Leningradi_Edasi_toimetus, lk 213
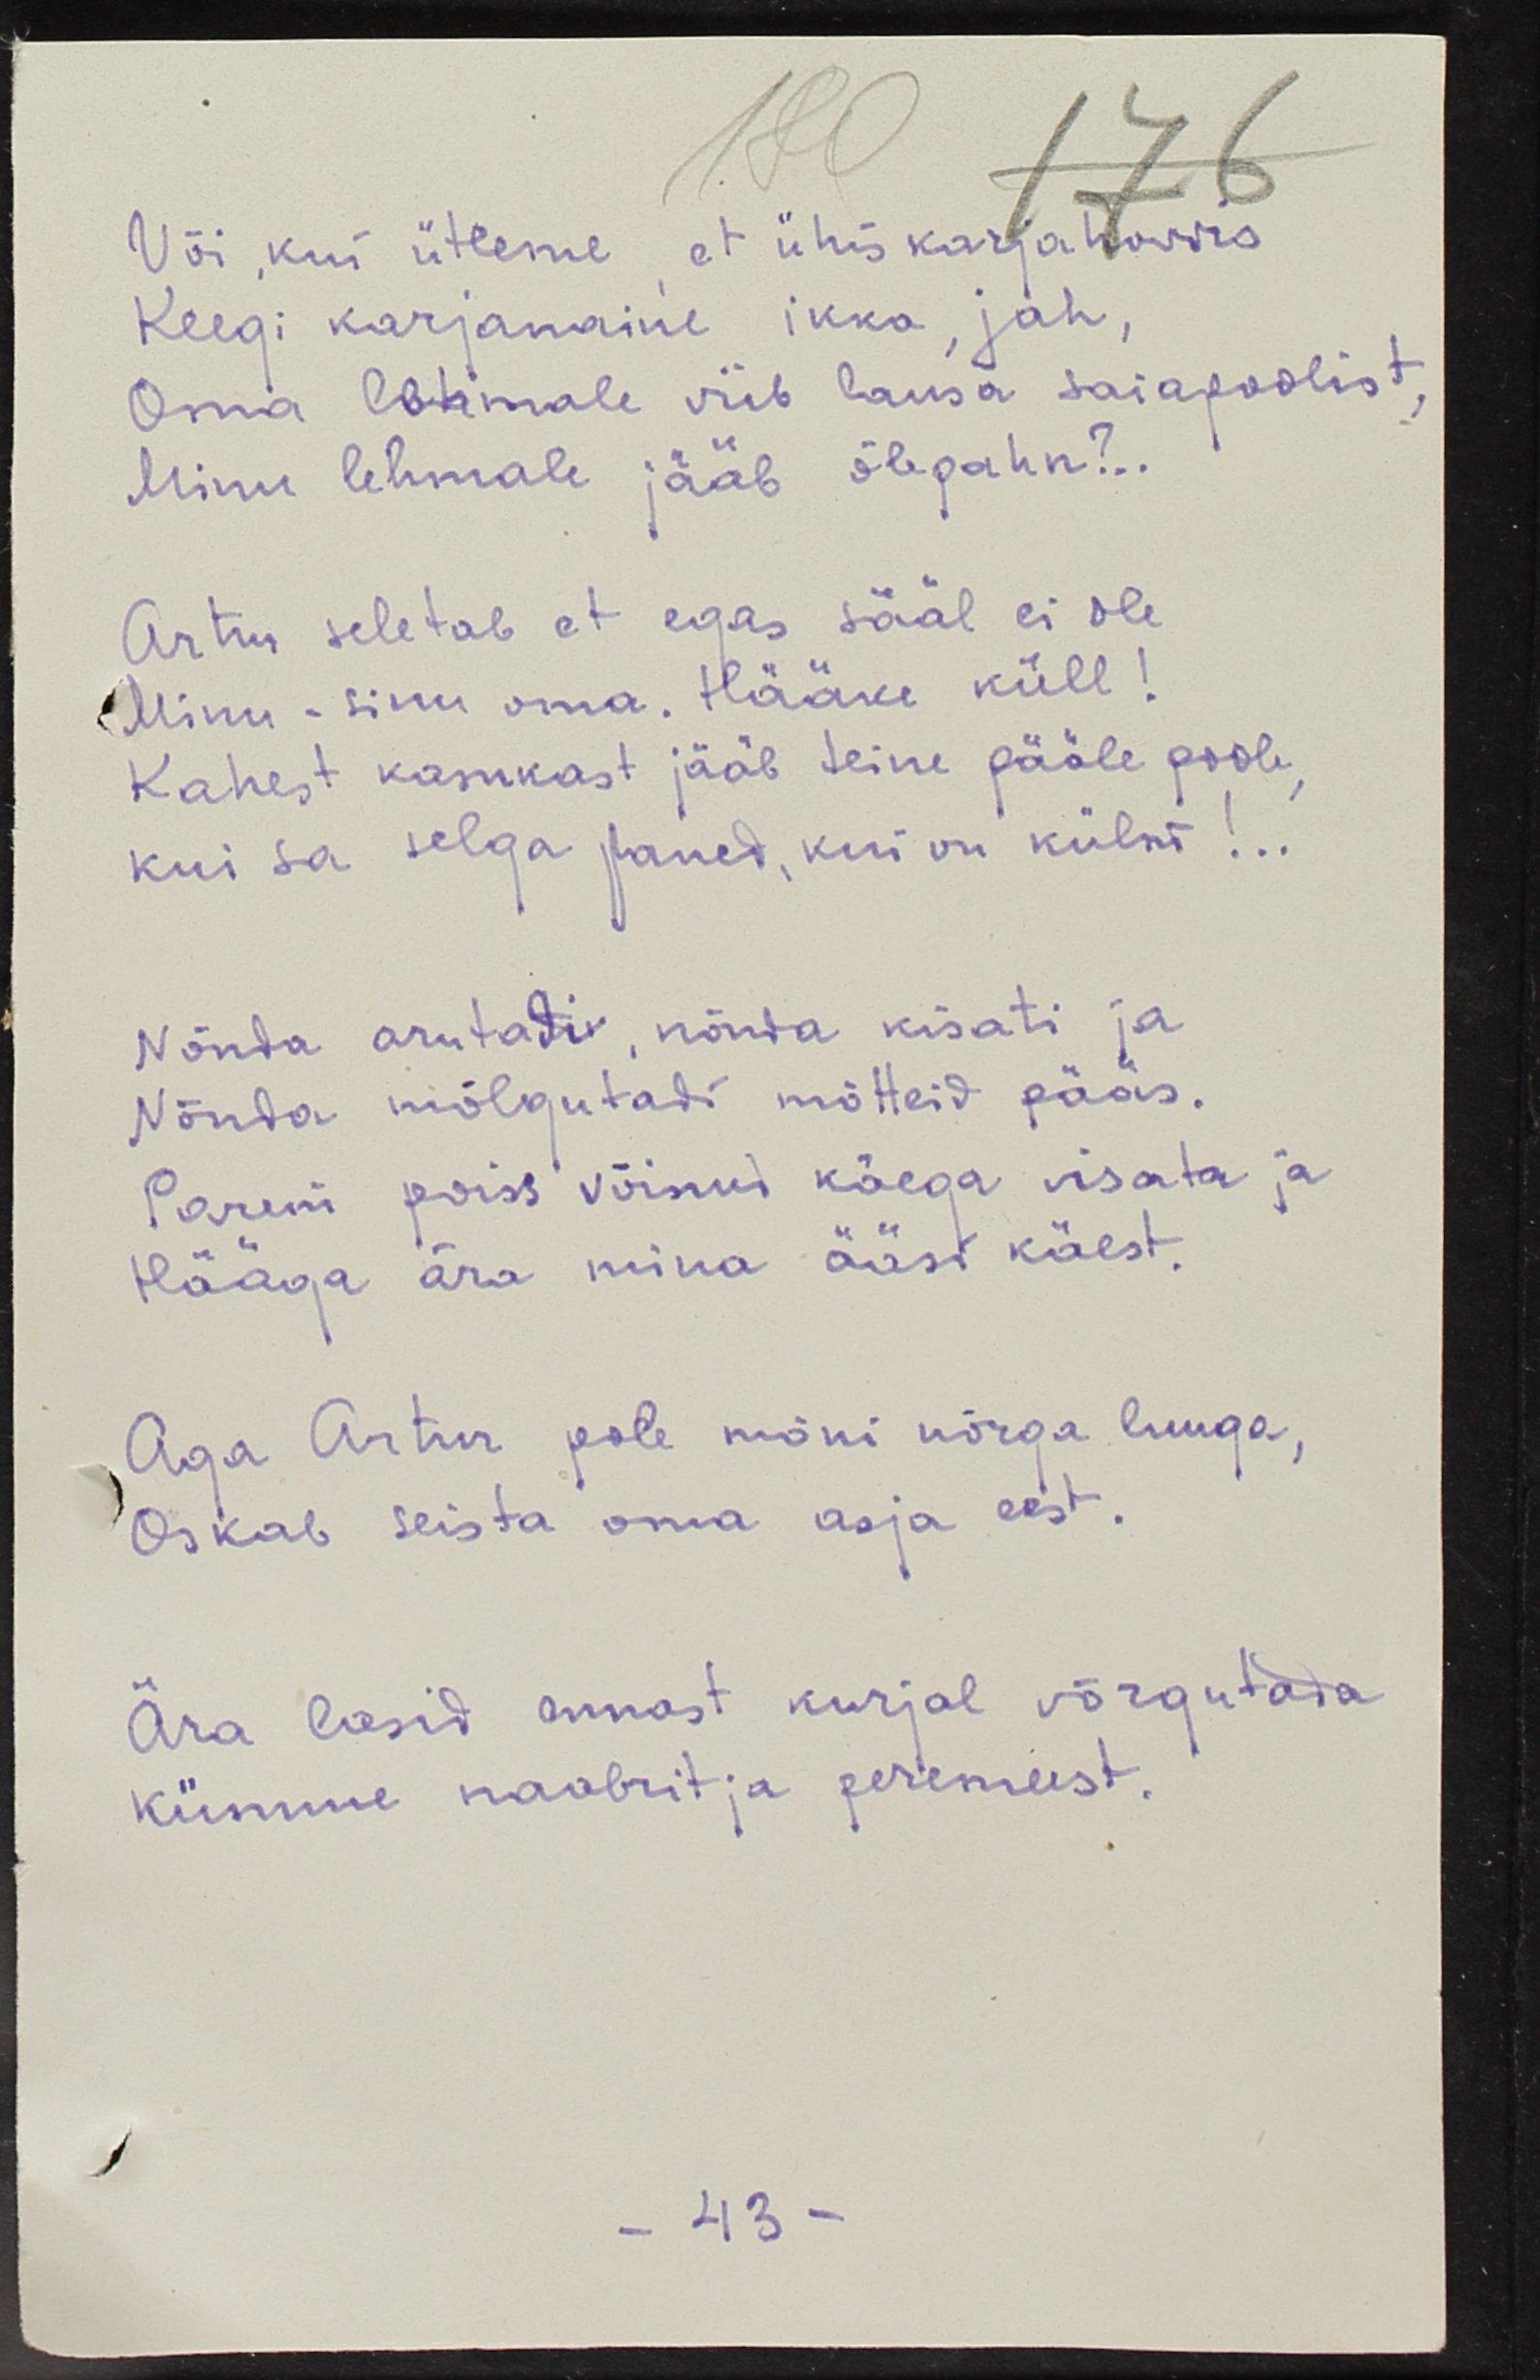
Või, kui ütleme, et ühiskarjahoovis
Keegi karjanaine ikka, jah,
Oma lehmale viib lausa saiapoolist,
Minu lehmale jääb õlepahn?..
Artur seletab et egas sääl ei ole
Minu - sinu oma. Hääke küll!
Kahest kasukast jääb teine pääle poole,
Kui sa selga paned, kui on külm!..
Nõnda arutati, nõnda kisati ja
Nõnda mõlgutati mõtteid pääs.
Parem poiss võinud käega visata ja
Hääga ära mina öösi käest.
Aga Artur pole mõni nõrga luuga,
Oskab seista oma asja eest.
Ära lasid ennast kurjal võrgutada
Kümme naabrit ja peremeest.